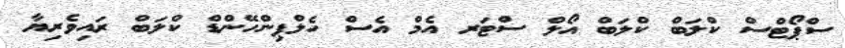
ސްޕޯޓްސް ކްލަބް ކްލަބް އޯލް ސްޓަރ އެމް އެސް ހެލްޕިންހޭންޑް ކްލަބް ރައިވެރިޔާ